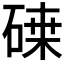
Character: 𥔫